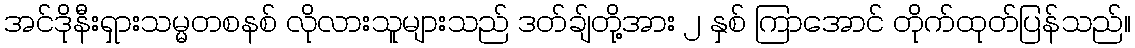
အင်ဒိုနီးရှားသမ္မတစနစ် လိုလားသူများသည် ဒတ်ချ်တို့အား ၂ နှစ် ကြာအောင် တိုက်ထုတ်ပြန်သည်။